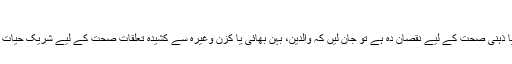
ویب ڈیسک 11/08/2019 11/08/2019
اگر آپ کو لگتا ہے کہ شریک حیات سے لڑائی جھگڑا ہی جسمانی یا ذہنی صحت کے لیے نقصان دہ ہے تو جان لیں کہ والدین، بہن بھائی یا کزن وغیرہ سے کشیدہ تعلقات صحت کے لیے شریک حیات سے خراب تعلق کے مقابلے میں زیادہ نقصان دہ ثابت ہوسکتے ہیں۔